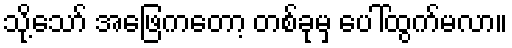
သို့သော် အဖြေကတော့ တစ်ခုမှ ပေါ်ထွက်မလာ။